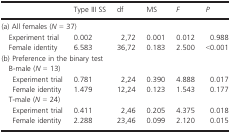
<table><thead><tr><td></td><td><b>Type III SS</b></td><td><b>df</b></td><td><b>MS</b></td><td><b><i>F</i></b></td><td><b><i>P</i></b></td></tr></thead><tbody><tr><td colspan="6">(a) All females (<i>N</i> = 37)</td></tr><tr><td>Experiment trial</td><td>0.002</td><td>2,72</td><td>0.001</td><td>0.012</td><td>0.988</td></tr><tr><td>Female identity</td><td>6.583</td><td>36,72</td><td>0.183</td><td>2.500</td><td>&lt;0.001</td></tr><tr><td colspan="6">(b) Preference in the binary test</td></tr><tr><td colspan="6">B‐male (<i>N</i> = 13)</td></tr><tr><td>Experiment trial</td><td>0.781</td><td>2,24</td><td>0.390</td><td>4.888</td><td>0.017</td></tr><tr><td>Female identity</td><td>1.479</td><td>12,24</td><td>0.123</td><td>1.543</td><td>0.177</td></tr><tr><td colspan="6">T‐male (<i>N</i> = 24)</td></tr><tr><td>Experiment trial</td><td>0.411</td><td>2,46</td><td>0.205</td><td>4.375</td><td>0.018</td></tr><tr><td>Female identity</td><td>2.288</td><td>23,46</td><td>0.099</td><td>2.120</td><td>0.015</td></tr></tbody></table>